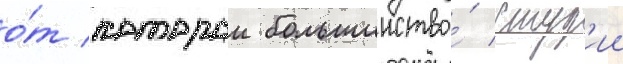
о́т которои большинство́ студ'ии